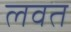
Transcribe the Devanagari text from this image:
लवत